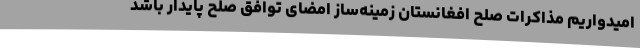
امیدواریم مذاکرات صلح افغانستان زمینه‌ساز امضای توافق صلح پایدار باشد